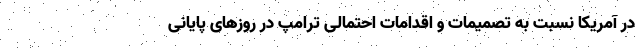
در آمریکا نسبت به تصمیمات و اقدامات احتمالی ترامپ در روزهای پایانی